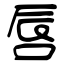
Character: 唇